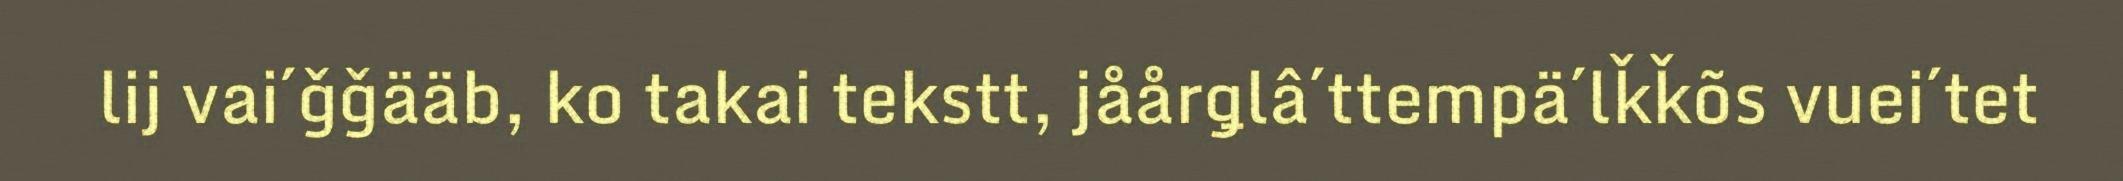
lij vai´ǧǧääb, ko takai tekstt, jåårǥlâ´ttempä´lǩǩõs vuei´tet